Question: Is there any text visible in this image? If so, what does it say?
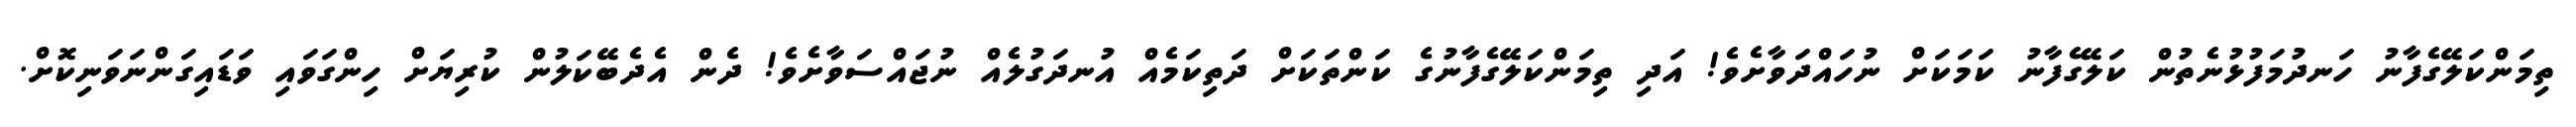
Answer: ތިމަންކަލޭގެފާނު ހަނދުމަފުޅުނެތުން ކަލޭގެފާނު ކަމަކަށް ނުހައްދަވާށެވެ! އަދި ތިމަންކަލޭގެފާނުގެ ކަންތަކަށް ދަތިކަމެއް އުނދަގުލެއް ނުޖައްސަވާށެވެ! ދެން އެދެބޭކަލުން ކުރިޔަށް ހިންގަވައި ވަޑައިގަންނަވަނިކޮށް.